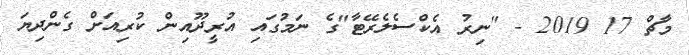
މާޗް 17 2019 - "ނިރު އެކްސެލެރޭޓާ"ގެ ނަމުގައި އުރީދޫއިން ކުރިއަށް ގެންދިޔަ